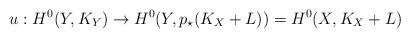
LaTeX: \begin{align*}u : H^{0}(Y,K_{Y}) \to H^{0}(Y,p_{\star}(K_{X}+L))=H^{0}(X,K_{X}+L)\end{align*}